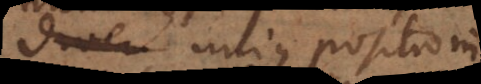
mos unius positionis